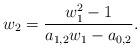
LaTeX: \begin{align*}w_2=\frac{w_1^2-1}{a_{1,2}w_1-a_{0,2}}.\end{align*}